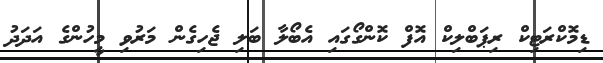
ޑިމޮކްރަޓިކް ރިޕަބްލިކް އޮފް ކޮންގޯގައި އެބޯލާ ބަލި ޖެހިގެން މަރުވި މީހުންގެ އަދަދު